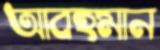
আবহমান